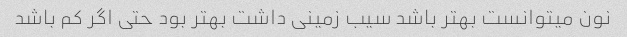
نون میتوانست بهتر باشد سیب زمینی داشت بهتر بود حتی اگر کم باشد